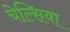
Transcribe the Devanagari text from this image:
चेल्‍सिया